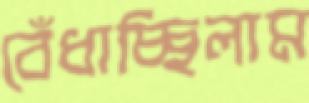
বেঁধাচ্ছিলাম